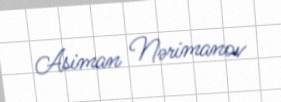
Asiman Nərimanov